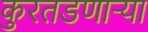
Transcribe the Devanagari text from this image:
कुरतडणाऱ्या